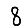
Digit: 8